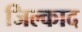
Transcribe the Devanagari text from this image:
जिल्काद